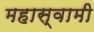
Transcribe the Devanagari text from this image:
महास्वामी